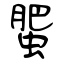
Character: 蜰